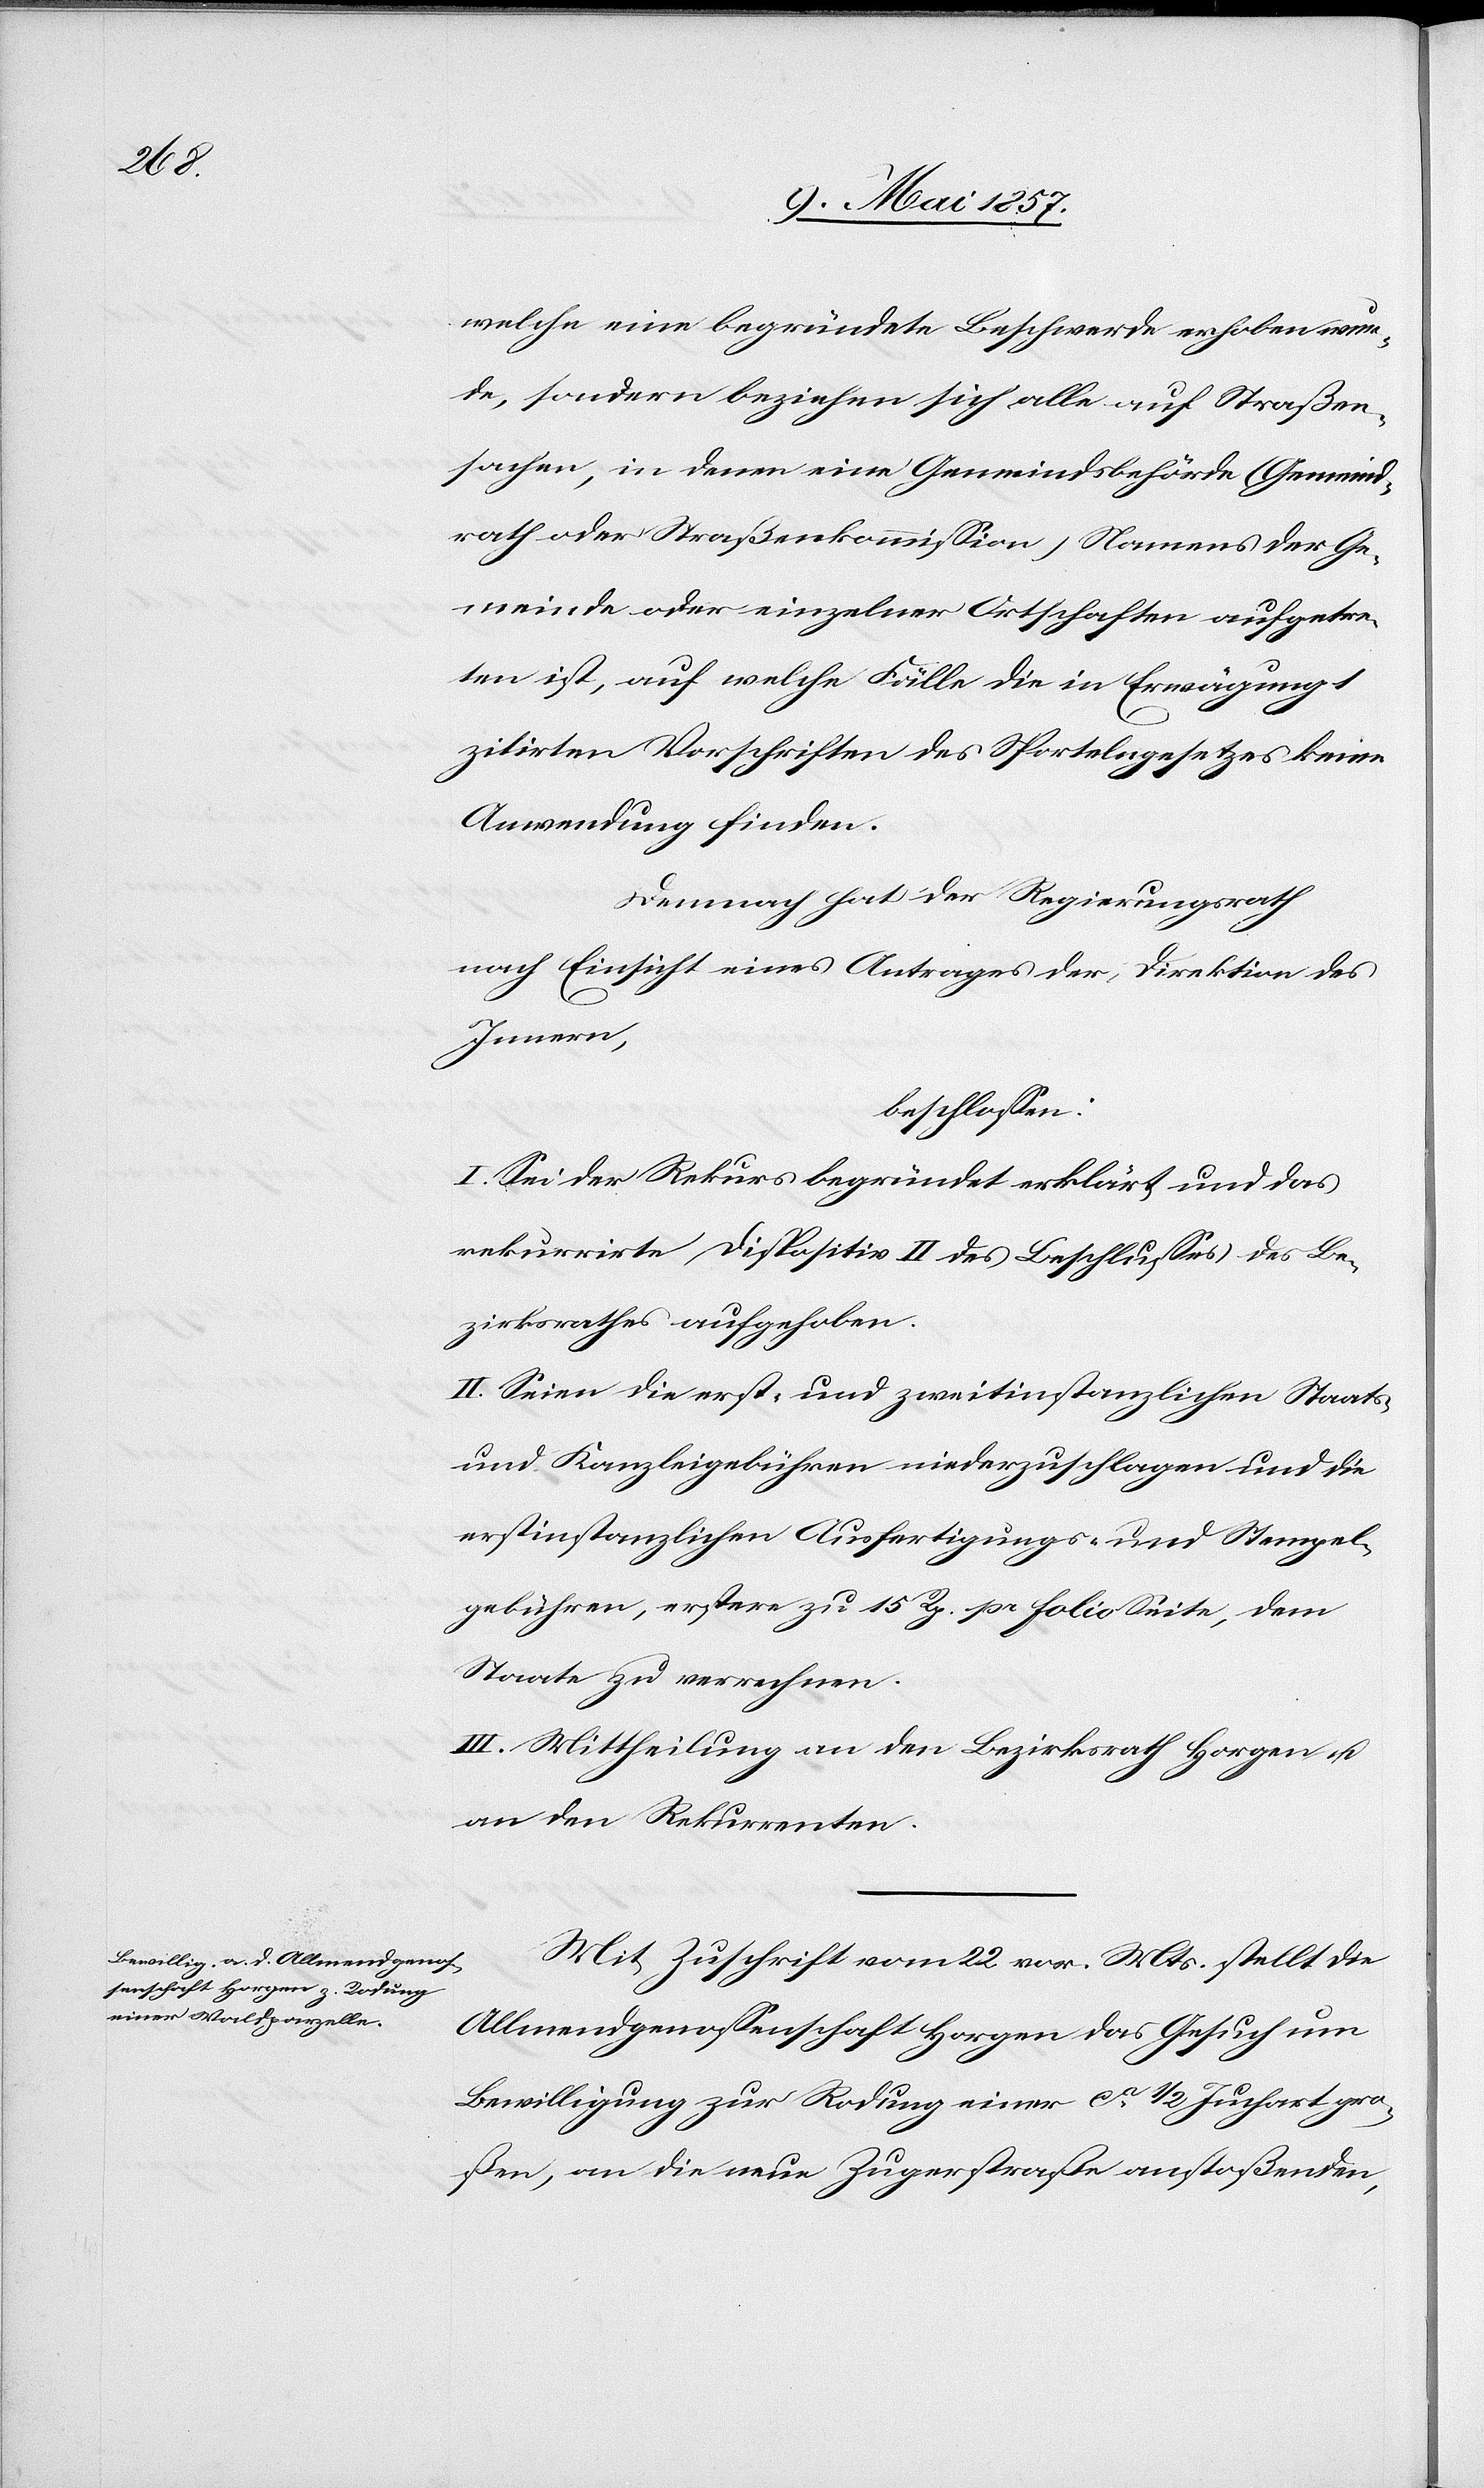
welche eine begründete Beschwerde erhoben wur¬
de, sondern beziehen sich alle auf Straßen¬
sachen, in denen eine Gemeindsbehörde (Gemeind¬
rath oder Straßenkommission) Namens der Ge¬
meinde oder einzelner Ortschaften aufgetre¬
ten ist, auf welche Fälle die in Erwägung 1
zitirten Vorschriften des Sportelngesetzes keine
Anwendung finden.
Demnach hat der Regierungsrath
nach Einsicht eines Antrages der Direktion des
Innern,
beschlossen:
I. Sei der Rekurs begründet erklärt und das
rekurrirte Dispositiv II des Beschlusses des Be¬
zirksrathes aufgehoben.
II. Seien die erst- und zweitinstanzlichen Staats-
und Kanzleigebühren niederzuschlagen und die
erstinstanzlichen Ausfertigungs- und Stempel¬
gebühren, erstere zu 15 Rp. pro folio Seite, dem
Staate zu verrechnen.
III. Mittheilung an den Bezirksrath Horgen u.
an den Rekurrenten.
Mit Zuschrift vom 22 v. Mts. stellt die
Allmendgenossenschaft Horgen das Gesuch um
Bewilligung zur Rodung einer ca 1/2 Juchart gro¬
ßen, an die neue Zugerstraße anstoßenden,